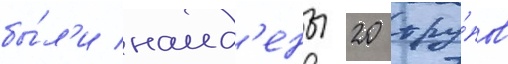
бы́л'и наид'ены 20 тру́пов